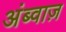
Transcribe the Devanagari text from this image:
अंब्वाज़